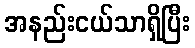
အနည်းငယ်သာရှိပြီး